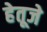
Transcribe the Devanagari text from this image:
हेतूजे